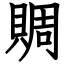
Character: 賙